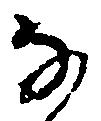
な